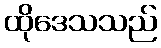
ထိုဒေသသည်